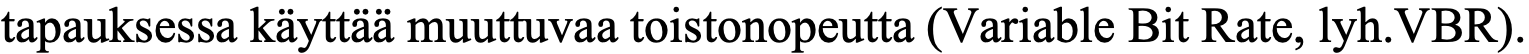
tapauksessa käyttää muuttuvaa toistonopeutta (Variable Bit Rate, lyh.VBR).